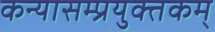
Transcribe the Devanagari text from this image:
कन्यासम्प्रयुक्तकम्